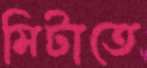
মিটাতে